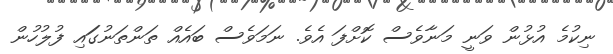
ނިކުމެ އުޅުން ވަނީ މަނާވެސް ކޮށްފަ އެވެ. ނަމަވެސް ބައެއް ތަންތަނުގަައި ފުލުހުން